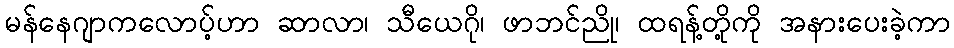
မန်နေဂျာကလောပ့်ဟာ ဆာလာ၊ သီယေဂို၊ ဖာဘင်ညို၊ ထရန့်တို့ကို အနားပေးခဲ့ကာ